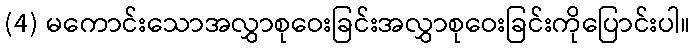
(4) မကောင်းသောအလွှာစုဝေးခြင်းအလွှာစုဝေးခြင်းကိုပြောင်းပါ။